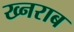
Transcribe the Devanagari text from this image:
ख्नराब